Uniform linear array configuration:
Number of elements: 8
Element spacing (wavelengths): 0.25
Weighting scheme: cosine
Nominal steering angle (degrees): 30
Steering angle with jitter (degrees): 30.895
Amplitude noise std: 0.05
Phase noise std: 0.05

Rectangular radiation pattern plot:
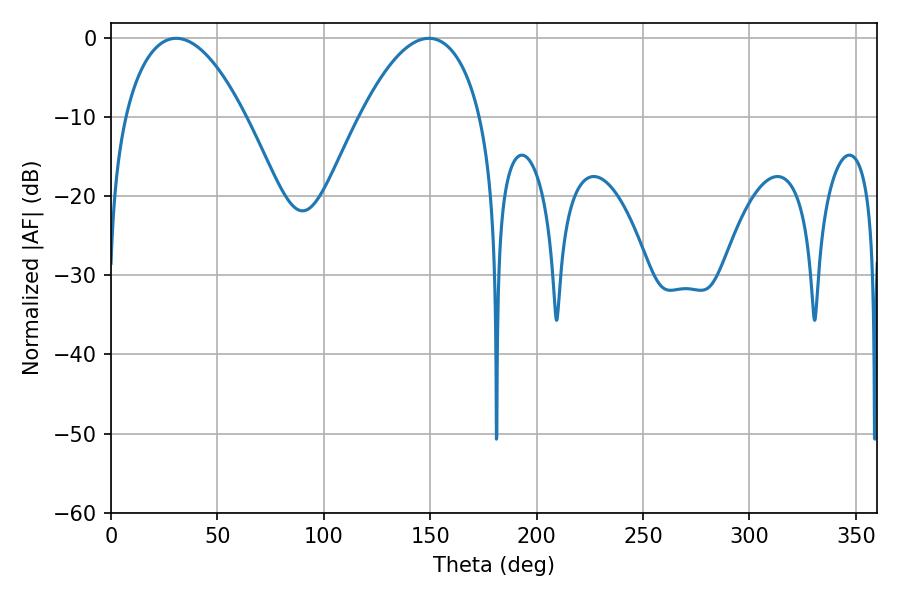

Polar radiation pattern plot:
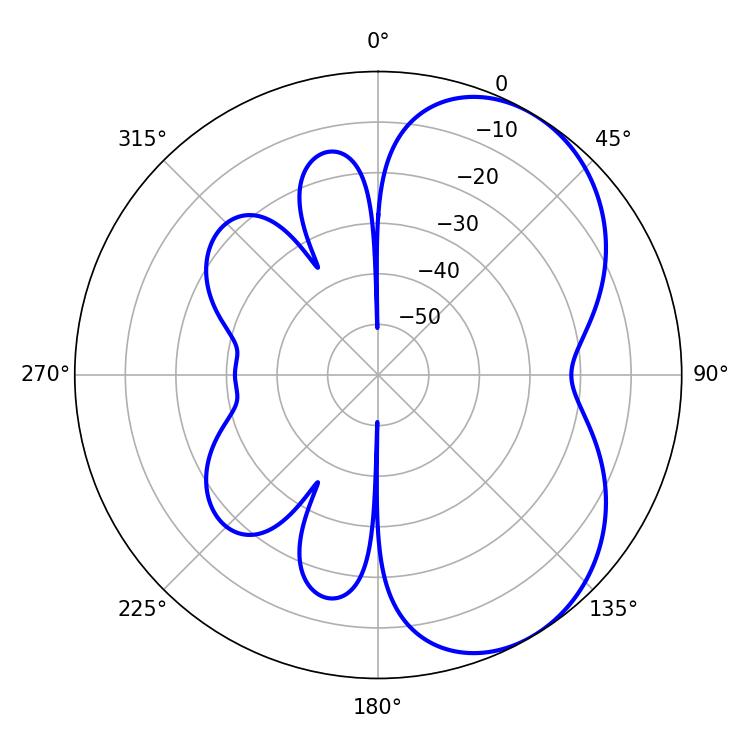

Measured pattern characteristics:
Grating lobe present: FALSE
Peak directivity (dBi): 5.109
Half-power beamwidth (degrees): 31.5
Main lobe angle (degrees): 30.6